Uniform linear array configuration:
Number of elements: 64
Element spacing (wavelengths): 0.75
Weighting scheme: exponential
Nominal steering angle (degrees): -60
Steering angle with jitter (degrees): -58.254
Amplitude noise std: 0.05
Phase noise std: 0.05

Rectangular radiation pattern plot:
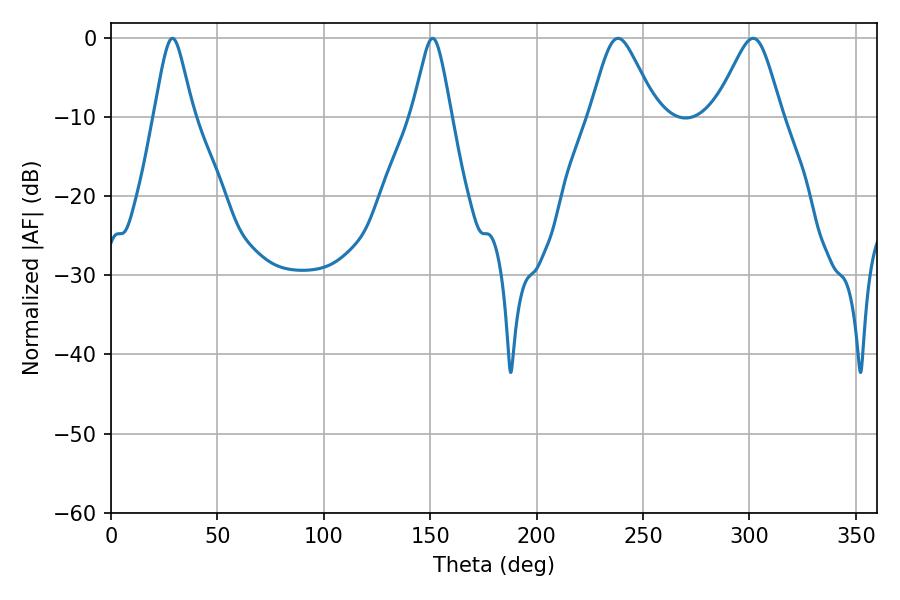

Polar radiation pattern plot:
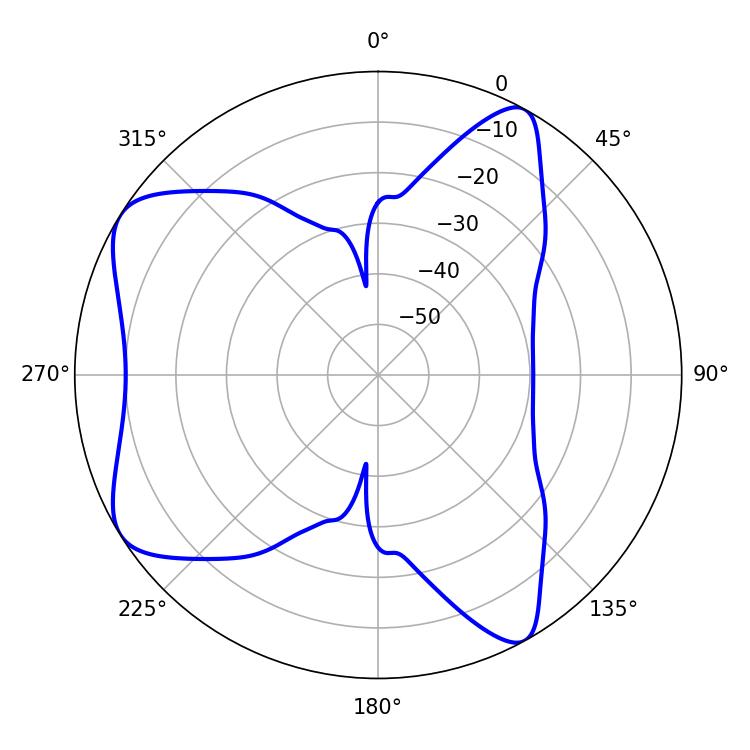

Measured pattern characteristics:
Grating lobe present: TRUE
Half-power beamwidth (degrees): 15.12
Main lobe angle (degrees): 238.32